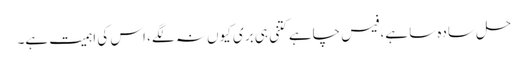
حل سادہ سا ہے، فیس چاہے کتنی ہی بری کیوں نہ لگے، اس کی اہمیت ہے۔